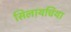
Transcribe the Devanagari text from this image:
सिलायचिया